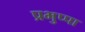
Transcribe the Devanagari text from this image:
प्रभुप्पा